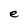
Character: e